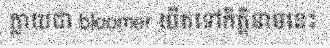
ក្លាយជា bloomer យឺតទៅកិត្តិនាមនេះ